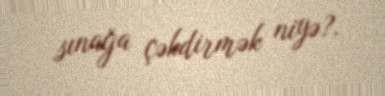
sınağa çəkdirmək niyə?.